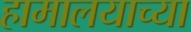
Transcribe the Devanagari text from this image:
हामालयाच्या